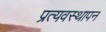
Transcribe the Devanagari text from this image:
प्रत्यवस्थापन